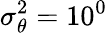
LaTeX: \sigma_{\theta}^{2}=10^{0}